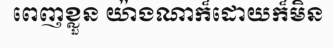
ពេញខ្លួន យ៉ាងណាក៏ដោយក៏មិន